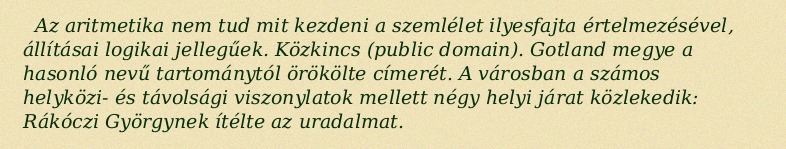
Az aritmetika nem tud mit kezdeni a szemlélet ilyesfajta értelmezésével, állításai logikai jellegűek. Közkincs (public domain). Gotland megye a hasonló nevű tartománytól örökölte címerét. A városban a számos helyközi- és távolsági viszonylatok mellett négy helyi járat közlekedik: Rákóczi Györgynek ítélte az uradalmat.